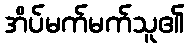
အိပ်မက်မက်သူ၏